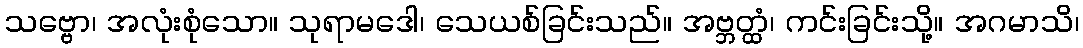
သဗ္ဗော၊ အလုံးစုံသော။ သုရာမဒေါ၊ သေယစ်ခြင်းသည်။ အဗ္ဘတ္ထံ၊ ကင်းခြင်းသို့။ အဂမာသိ၊